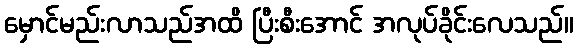
မှောင်မည်းလာသည်အထိ ပြီးစီးအောင် အလုပ်ခိုင်းလေသည်။